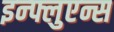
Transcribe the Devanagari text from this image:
इन्फ्लुएन्स